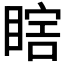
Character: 𰥷